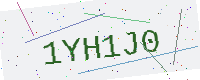
Text: 1YH1J0